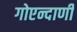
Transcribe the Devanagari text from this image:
गोएन्दाणी